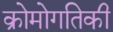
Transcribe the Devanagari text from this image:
क्रोमोगतिकी